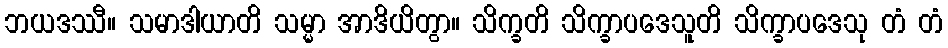
ဘယဒဿီ။ သမာဒါယာတိ သမ္မာ အာဒိယိတွာ။ သိက္ခတိ သိက္ခာပဒေသူတိ သိက္ခာပဒေသု တံ တံ